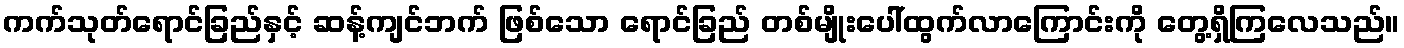
ကက်သုတ်ရောင်ခြည်နှင့် ဆန့်ကျင်ဘက် ဖြစ်သော ရောင်ခြည် တစ်မျိုးပေါ်ထွက်လာကြောင်းကို တွေ့ရှိကြလေသည်။